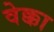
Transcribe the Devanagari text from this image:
वेक्का